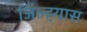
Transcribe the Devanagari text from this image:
जिल्ह्य़ास